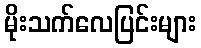
မိုးသက်လေပြင်းများ